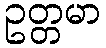
ဥတ္တမာ